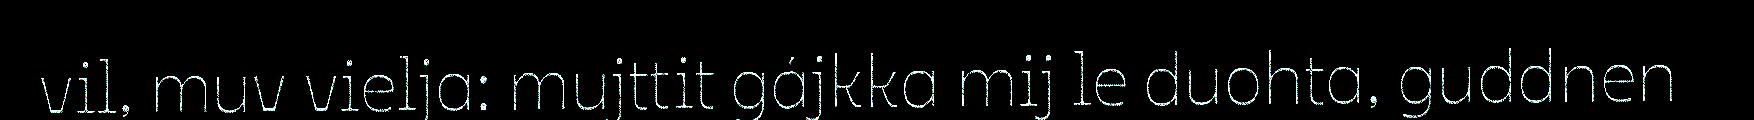
vil, muv vielja: mujttit gájkka mij le duohta, guddnen